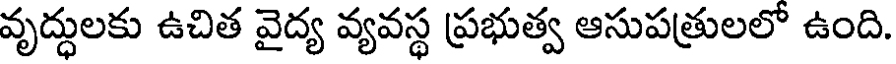
వృద్ధులకు ఉచిత వైద్య వ్యవస్థ ప్రభుత్వ ఆసుపత్రులలో ఉంది.